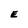
Character: E